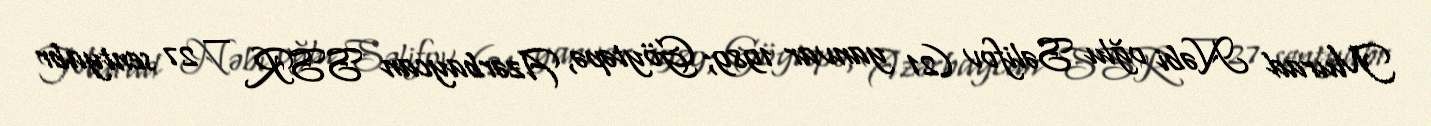
Murad Nəbi oğlu Səlifov (21 yanvar 1989; Göytəpə, Azərbaycan SSR — 27 sentyabr